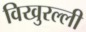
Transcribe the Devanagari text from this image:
विखुरल्ली